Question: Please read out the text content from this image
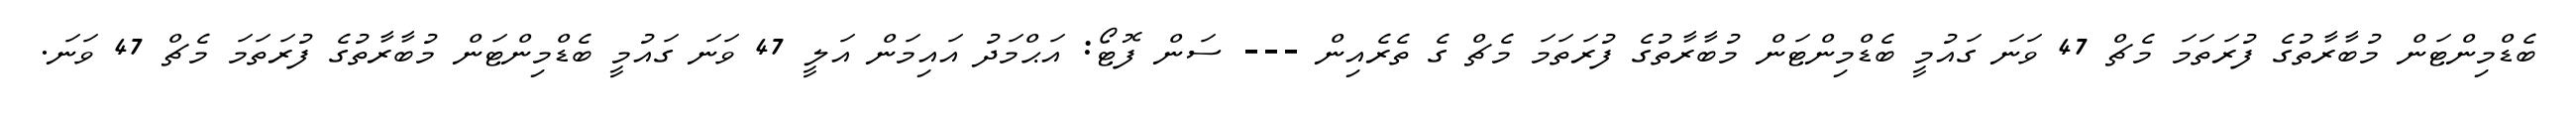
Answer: ބެޑްމިންޓަން މުބާރާތުގެ ފުރަތަމަ މެޗް 47 ވަނަ ގައުމީ ބެޑްމިންޓަން މުބާރާތުގެ ފުރަތަމަ މެޗް ގެ ތެރެއިން --- ސަން ފޮޓޯ: އަޙްމަދު އައިމަން އަލީ 47 ވަނަ ގައުމީ ބެޑްމިންޓަން މުބާރާތުގެ ފުރަތަމަ މެޗް 47 ވަނަ.